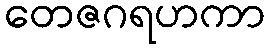
တေဇဂရဟကာ